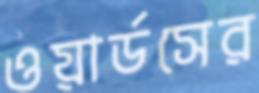
ওয়ার্ডসের